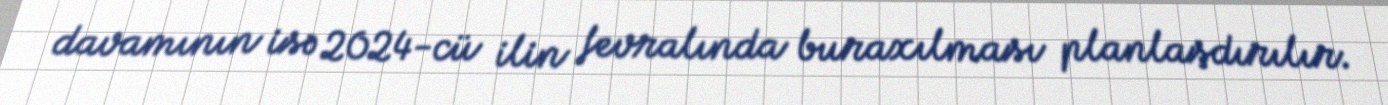
davamının isə 2024-cü ilin fevralında buraxılması planlaşdırılır.